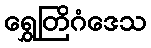
ရွှေတြိဂံဒေသ